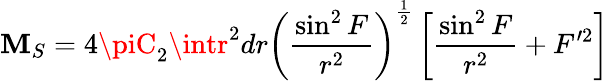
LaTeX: {\cal\mathbf{M}}_{S}=4\piC_{2}\intr^{2}dr\left(\frac{{\sin^{2}F}}{{r^{2}}}\right)^{\frac{1}{2}}\left[\frac{{\sin^{2}F}}{{r^{2}}}+F^{\prime2}\right]